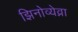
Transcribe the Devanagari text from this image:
झिनोव्येव्ना